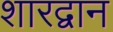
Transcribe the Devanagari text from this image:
शारद्वान